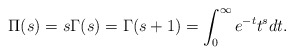
\begin{align*} \Pi(s)=s\Gamma(s)=\Gamma(s+1)=\int_0^\infty e^{-t}t^s dt.\end{align*}